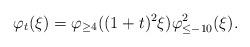
LaTeX: \begin{align*} \varphi_t(\xi) = \varphi_{\geq 4}((1+t)^2\xi) \varphi^2_{\leq -10}(\xi) .\end{align*}